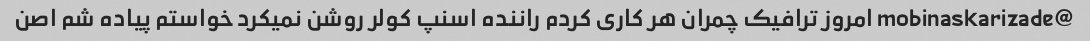
@mobinaskarizade امروز ترافیک چمران هر کاری کردم راننده اسنپ کولر روشن نمیکرد خواستم پیاده شم اصن